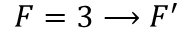
F = 3 \longrightarrow F ^ { \prime }